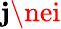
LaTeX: \mathbf{j}\nei